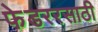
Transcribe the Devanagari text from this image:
फेडररसाठी